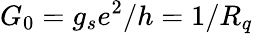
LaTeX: G_{0}=g_{s}e^{2}/h=1/R_{q}